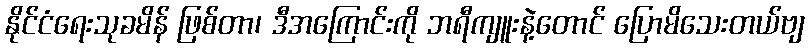
နိုင်ငံရေးသုခမိန် ဖြစ်တာ၊ ဒီအကြောင်းကို ဘရီကျူးနဲ့တောင် ပြောမိသေးတယ်ဗျ